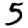
Digit: 5